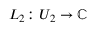
L _ { 2 } \colon U _ { 2 } \to \mathbb { C }